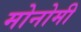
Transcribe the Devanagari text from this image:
मोनोमी